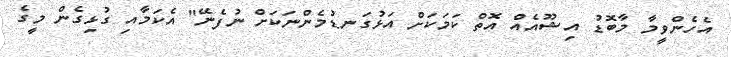
އެހެންވީމާ މާބޮޑު އިޝޫއެއް އޮތް ކަމަކަށް އަޅުގަނޑުމެންނަކަށް ނުފެނޭ" އެކަމާއި ގުޅިގެން މީގެ